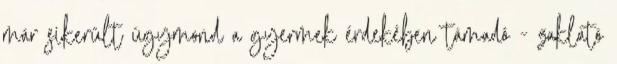
már sikerült úgymond a gyermek érdekében támadó - zaklató